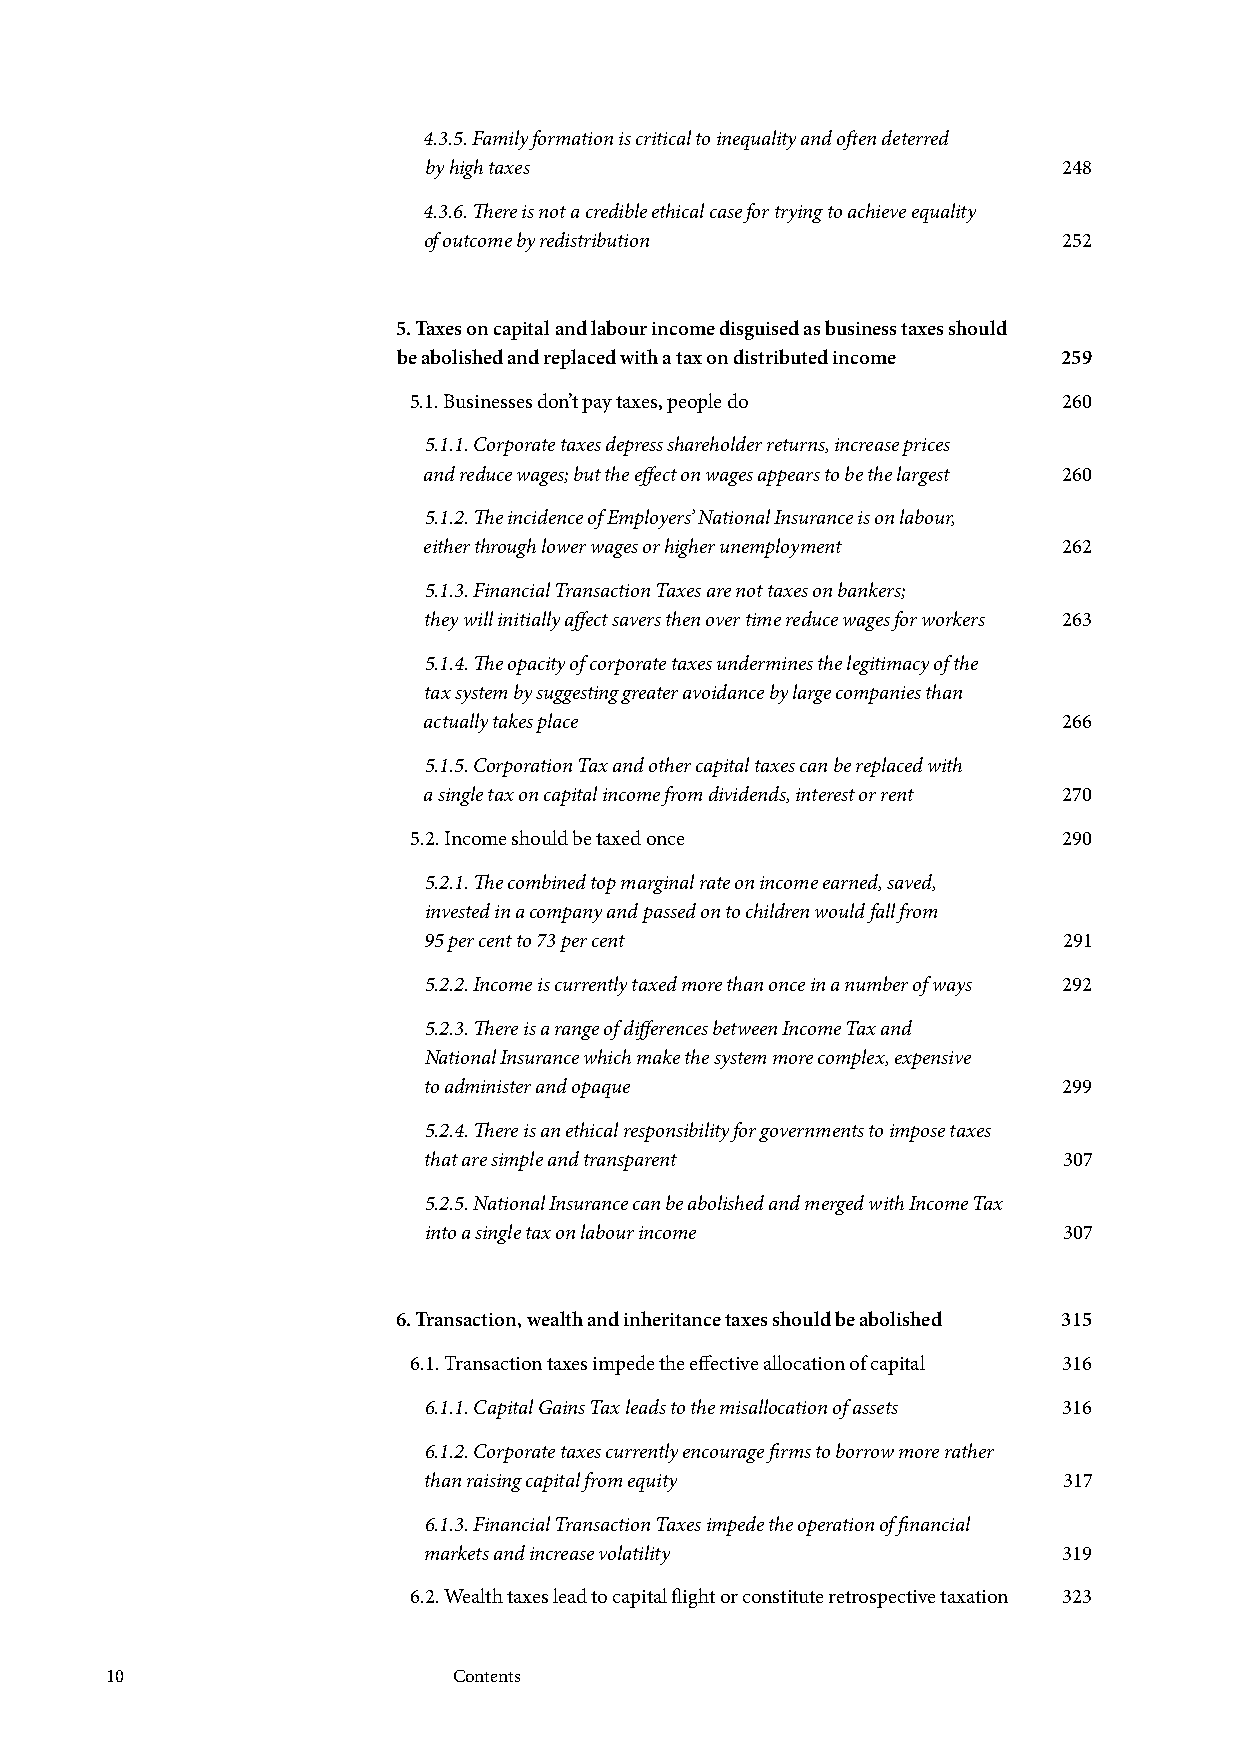
4.3.5. Family formation is critical to inequality and often deterred
 by high taxes                             248
 4.3.6. There is not a credible ethical case for trying to achieve equality
 of outcome by redistribution              252
 5. Taxes on capital and labour income disguised as business taxes should
 be abolished and replaced with a tax on distributed income 259
 5.1. Businesses don’t pay taxes, people do 260
 5.1.1. Corporate taxes depress shareholder returns, increase prices
 and reduce wages; but the effect on wages appears to be the largest 260
 5.1.2. The incidence of Employers’ National Insurance is on labour,
 either through lower wages or higher unemployment 262
 5.1.3. Financial Transaction Taxes are not taxes on bankers;
 they will initially affect savers then over time reduce wages for workers 263
 5.1.4. The opacity of corporate taxes undermines the legitimacy of the
 tax system by suggesting greater avoidance by large companies than
 actually takes place                      266
 5.1.5. Corporation Tax and other capital taxes can be replaced with
 a single tax on capital income from dividends, interest or rent 270
 5.2. Income should be taxed once           290
 5.2.1. The combined top marginal rate on income earned, saved,
 invested in a company and passed on to children would fall from
 95 per cent to 73 per cent                291
 5.2.2. Income is currently taxed more than once in a number of ways 292
 5.2.3. There is a range of differences between Income Tax and
 National Insurance which make the system more complex, expensive
 to administer and opaque                  299
 5.2.4. There is an ethical responsibility for governments to impose taxes
 that are simple and transparent           307
 5.2.5. National Insurance can be abolished and merged with Income Tax
 into a single tax on labour income        307
 6. Transaction, wealth and inheritance taxes should be abolished 315
 6.1. Transaction taxes impede the effective allocation of capital 316
 6.1.1. Capital Gains Tax leads to the misallocation of assets 316
 6.1.2. Corporate taxes currently encourage firms to borrow more rather
 than raising capital from equity          317
 6.1.3. Financial Transaction Taxes impede the operation of financial
 markets and increase volatility           319
 6.2. Wealth taxes lead to capital flight or constitute retrospective taxation 323
 10                     Contents